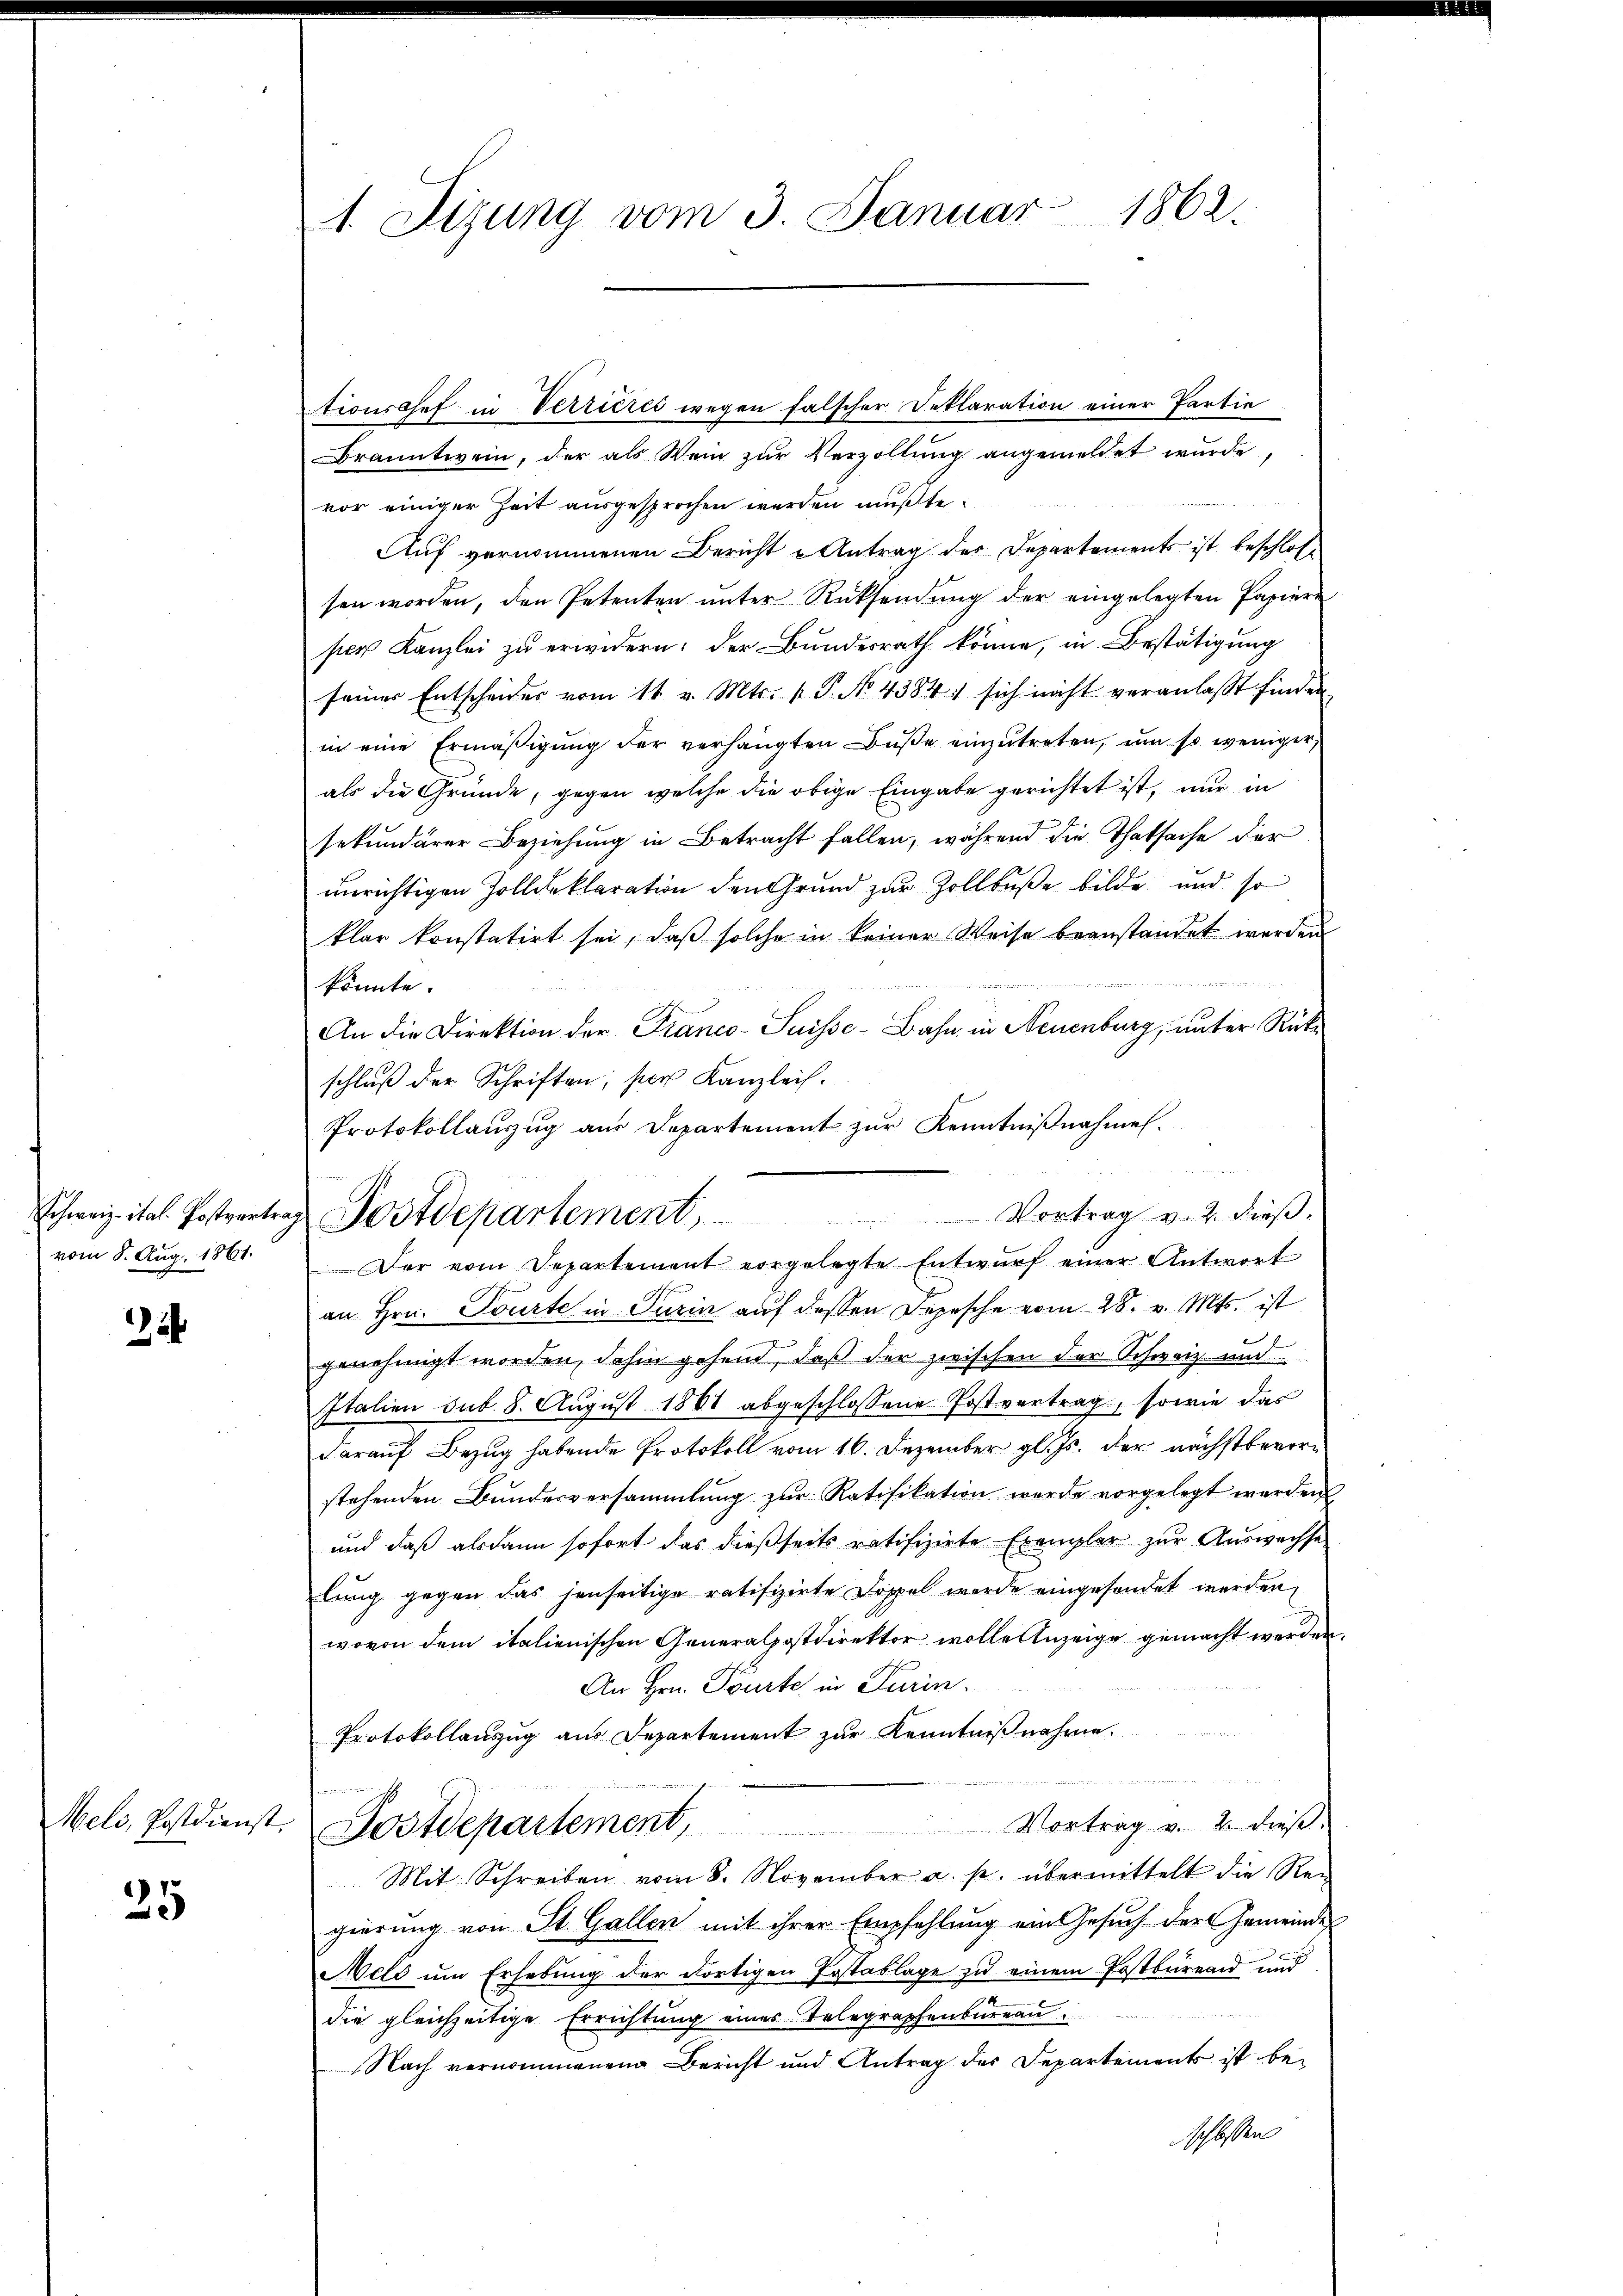
vom 8. Aug. 1861.

4

Meli, Postdienst.

35

1. Sizung vom 3. Januar 1862.

tionschef in Verrieres wegen falscher Deklaration einer Partie
Branntwein, der als Wein zur Verzollung angemeldet wurde,
vor einiger Zeit ausgesprochen werden mußte.
Auf vernommenen Bericht u Antrag der Departements ist beschlossen worden, den Petenten unter Rücksendung der eingelegten Papiere
per Kanzlei zu erwidern: der Bundesrath könne, in Bestätigung
seiner Entscheides vom 11. v. Mts. v. P. No. 4384, sich nicht veranlaßt finden
in eine Ermäßigung der verhängten Buße einzutreten, um so weniger
als die Gründe, gegen welche die obige Eingabe gerichtet ist, nur in
sekundärer Beziehung in Betracht fallen, während die Thatsache der
unrichtigen Zolldeklaration den Grund zur Zollbuße bilde und so
klar konstatirt sei, daß solche in keiner Weise beanstandet werden
könnte.
An die Direktion der Franco- Puisse-Bahn in Neuenburg, unter Rückschluß der Schriften; der Kanzleih
Protokollaŭszŭg aŭs Departement zŭr Kenntniβnahme.
Vortrag v. 2. dieß.
Der vom Departement vorgelegte Entwurf einer Antwort
an Hrn. Tourte in Turin auf dessen Depesche vom 28. v. Mts. ist
.
genehmigt worden, dahin gehend, daß der zwischen der Schweiz und
Italien sub. 8. August 1861 abgeschlossene Postvertrag, sowie das
darauf Bezug habende Protokoll vom 16. Dezember gl. Js. der nächstbevorstehenden Bundesversammlung zŭr Ratifikation werde vorgelegt werden
und daß alsdann sofort das dießseits ratifizirte Exemplar zur Auswachse
lung gegen das jenseitige ratifizirte Doppel werde eingesendet werden
wovon dem italienischen Generalpostdirektor wolle Anzeige gemacht werden.
An Hrn. Tourte in Turin.
Protokollanzŭg aŭs Departement zŭr Kenntniβnahme.
f ain coministen in
Vortrag v. 2. dieß.
Postdepartement,
Mit Schreiben vom 8. November a. p. übermittelt die Rei
gierung von St. Gallen mit ihrer Empfehlung ein Gesuch der Gemeinde
Held um Erhebung der dortigen Postablage zu einem Postbureau und
die gleichzeitige Errichtung eines Telegraphenbureau,
Nach vernommenen Bericht und Antrag des Departements ist beschlossen

Schweiz ital. Postvertrag Postdepartement,